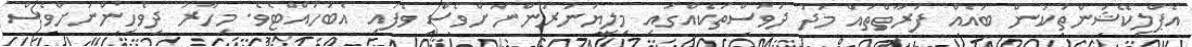
އެޕްލިކޭޝަންތަކުން ބައެއް ފަރާތްތައް މަދު ދުވަސްތަކެއްގައި މިލިޔަނަރުންނަށްވެސް ވެފައި އެބަހުއްޓެވެ. މިހާރު ދިވެހިންނަށްވެސް